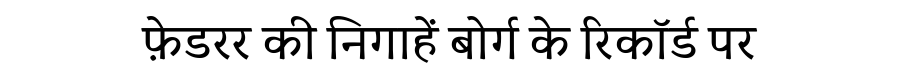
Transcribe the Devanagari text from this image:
फ़ेडरर की निगाहें बोर्ग के रिकॉर्ड पर